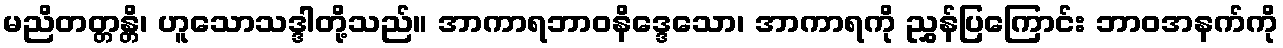
မညိတတ္တန္တိ၊ ဟူသောသဒ္ဒါတို့သည်။ အာကာရဘာဝနိဒ္ဒေသော၊ အာကာရကို ညွှန်ပြကြောင်း ဘာဝအနက်ကို